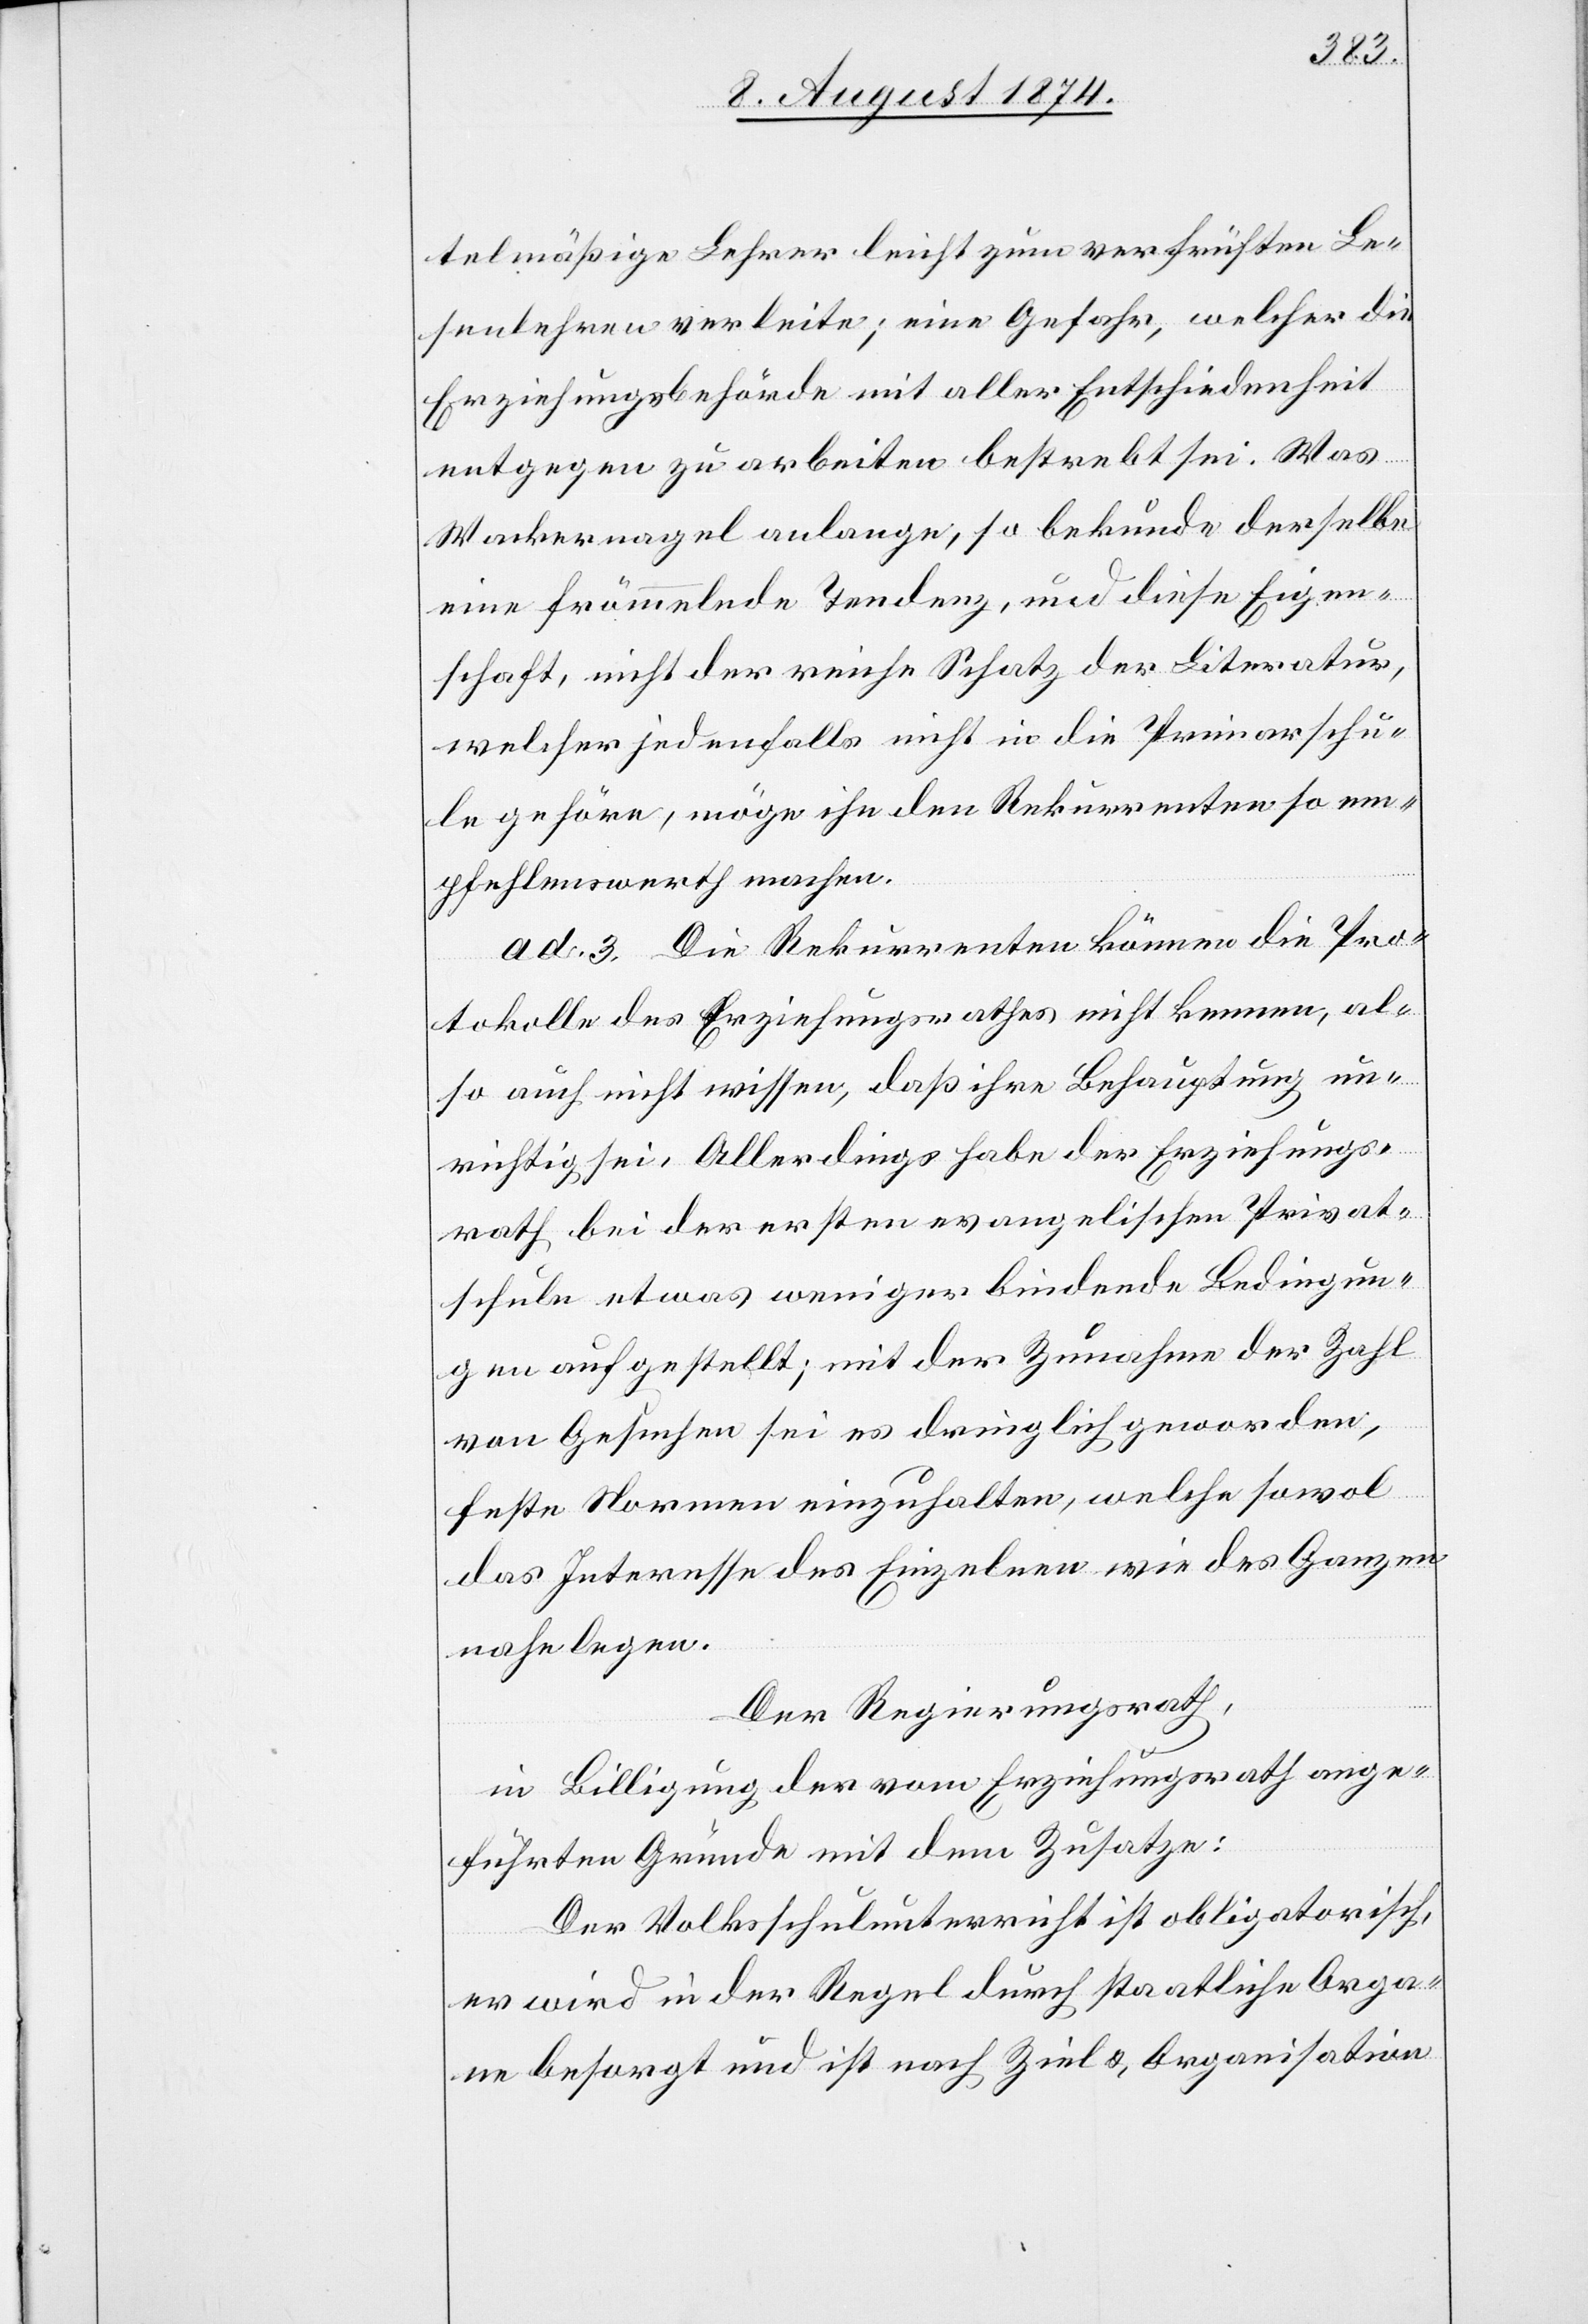
telmäßige Lehrer leicht zum verfrühten Le¬
senlehren verleite; eine Gefahr, welcher die
Erziehungsbehörde mit aller Entschiedenheit
entgegen zu arbeiten bestrebt sei. Was
Wackernagel anlange, so bekunde derselbe
eine frömmelnde Tendenz, und diese Eigen¬
schaft, nicht der reiche Schatz der Literatur,
welcher jedenfalls nicht in die Primarschu¬
le gehöre, möge ihn den Rekurrenten so em¬
pfehlenswerth machen.
ad. 3. Die Rekurrenten können die Pro¬
tokolle des Erziehungsrathes nicht kennen, al¬
so auch nicht weissen, daß ihre Behauptung un¬
richtig sei. Allerdings habe der Erziehungs¬
rath bei der ersten evangelischen Privat¬
schule etwas weniger bindende Bedingun¬
gen aufgestellt; mit der Zunahme der Zahl
von Gesuchen sei es dringlich geworden,
feste Normen einzuhalten, welche sowol
das Interesse des Einzelnen wie des Ganzen
nahe legen.
Der Regierungsrath,
in Billigung der vom Erziehungsrath ange¬
führten Gründe mit dem Zusatze:
Der Volksschulunterricht ist obligatorisch,
er wird in der Regel durch staatliche Orga¬
ne besorgt und ist nach Ziel, und Organisation